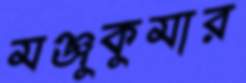
মঞ্জুকুমার